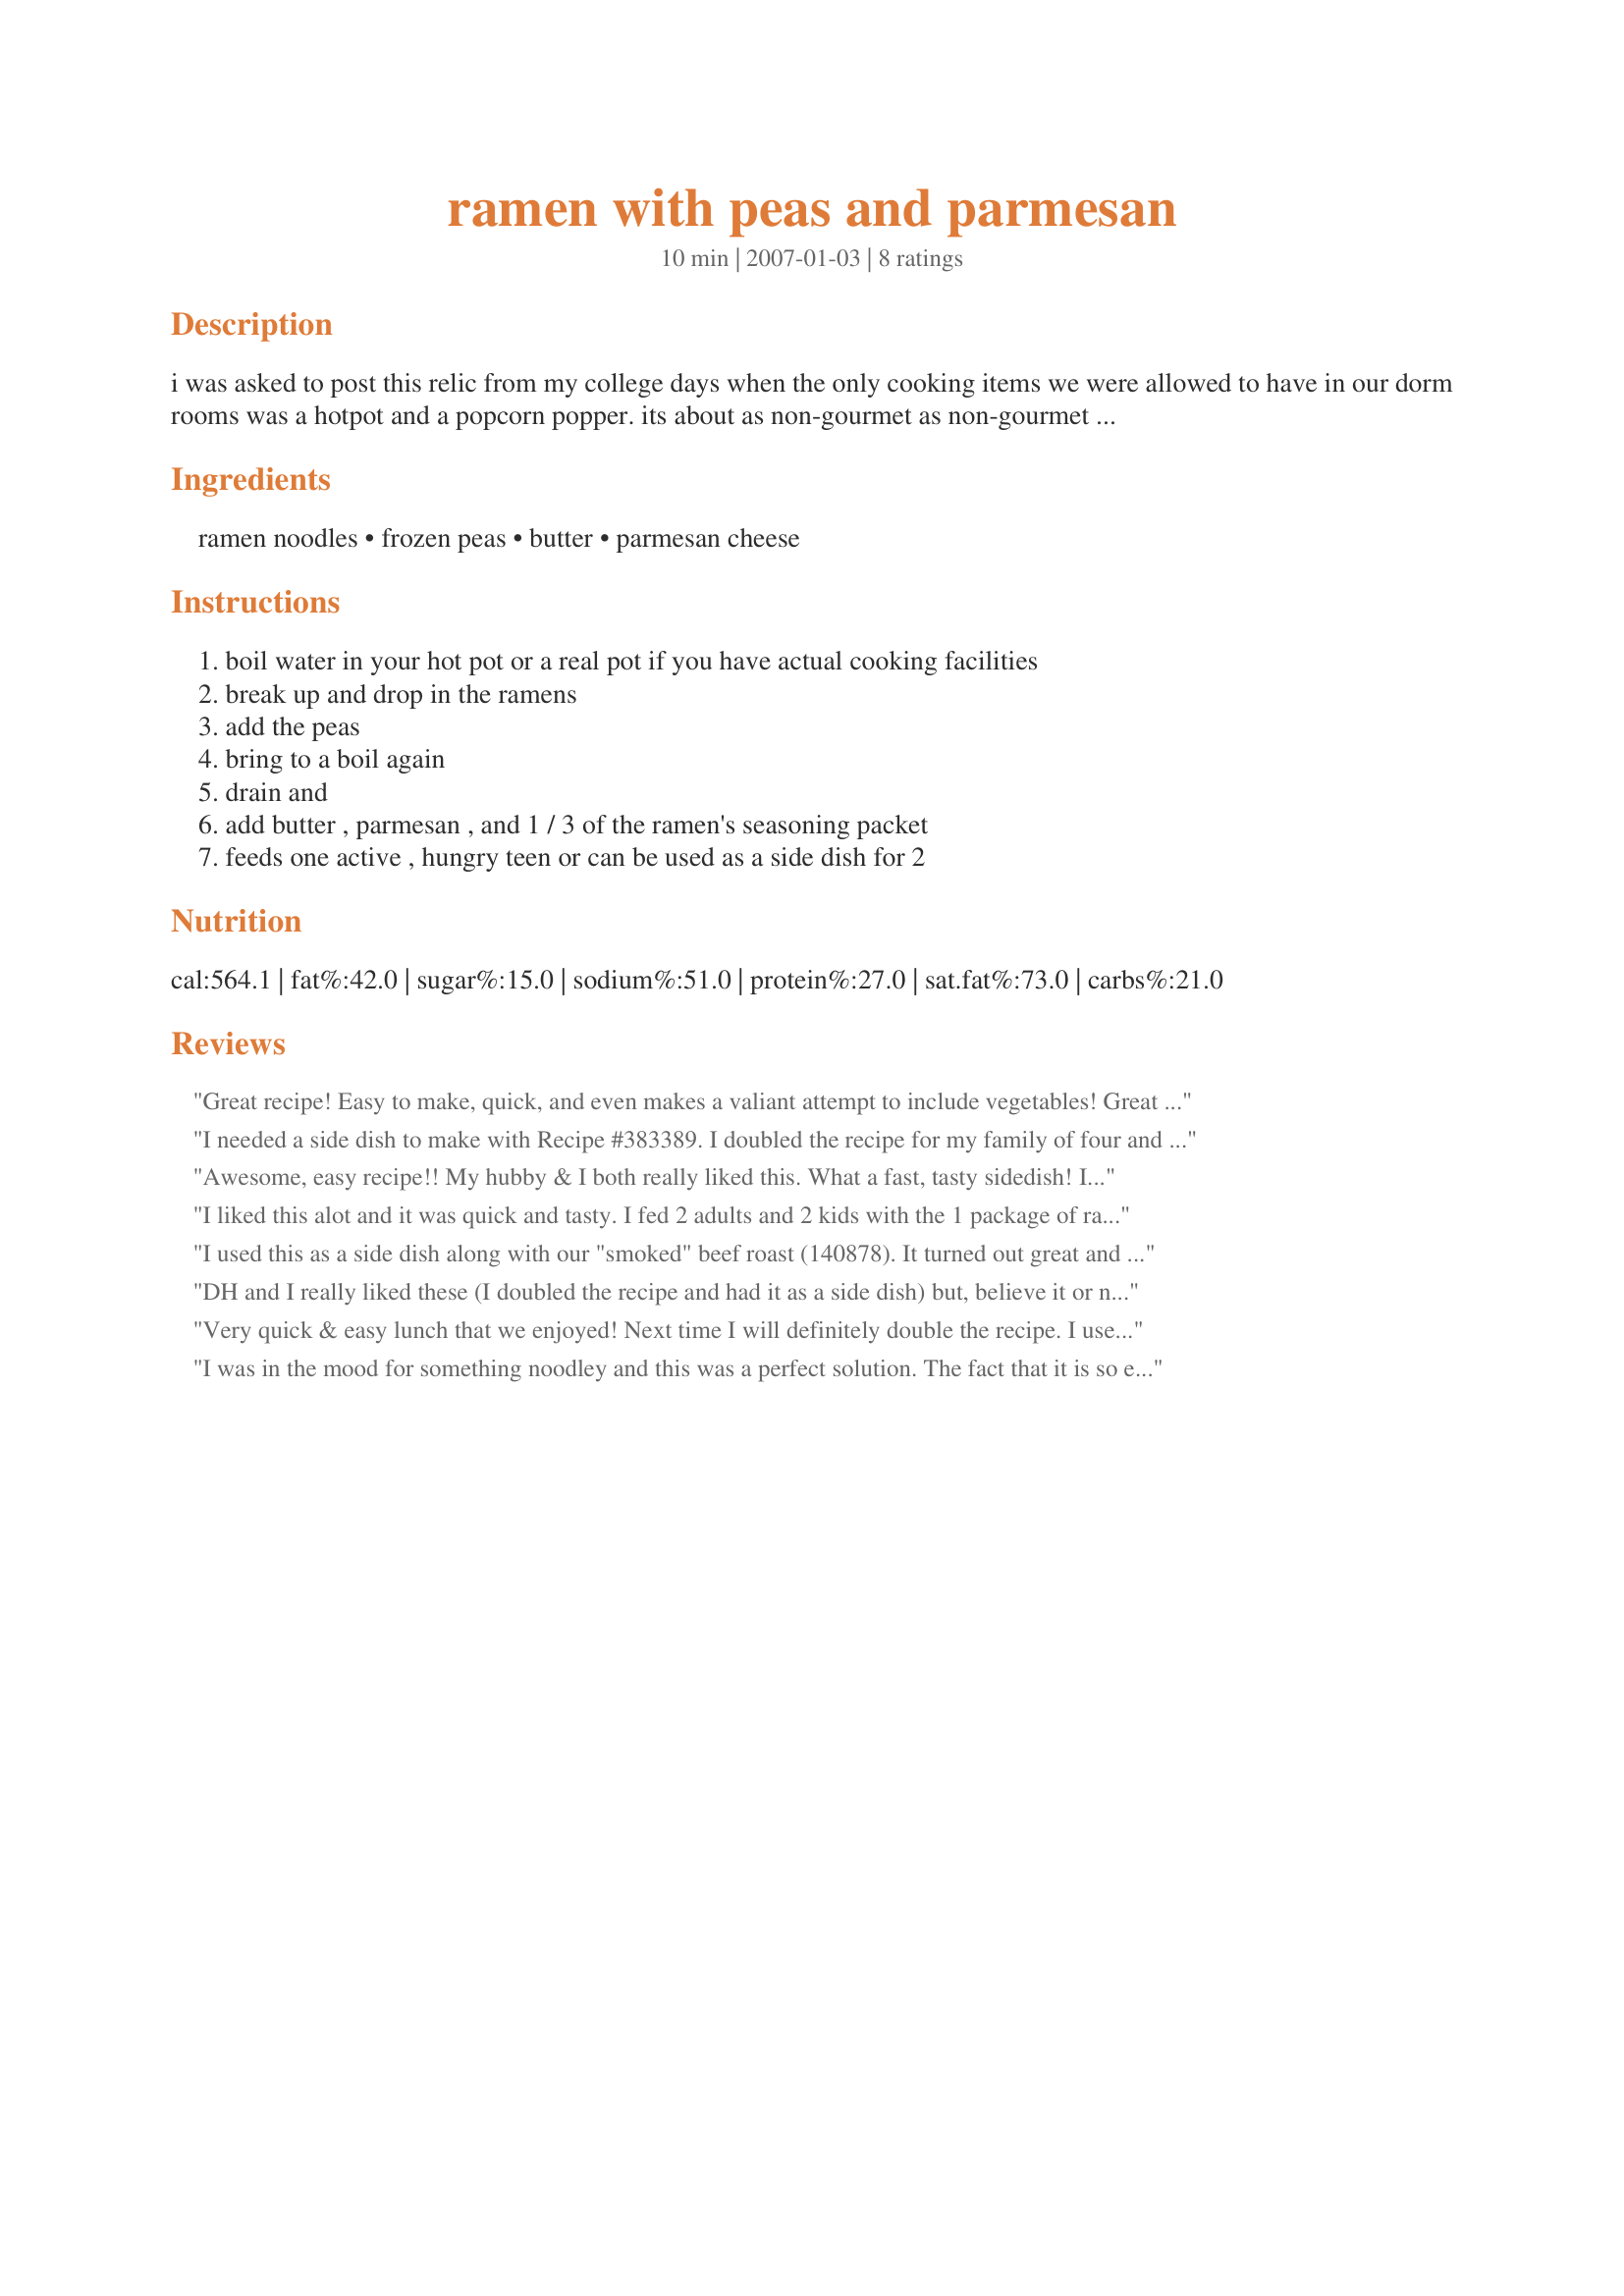
ramen with peas and parmesan
Preparation time: 10 minutes

i was asked to post this relic from my college days when the only cooking items we were allowed to have in our dorm rooms was a hotpot and a popcorn popper. its about as non-gourmet as non-gourmet gets, but its cheap, easy, filling, and suprizingly tasty. its tastier than it sounds and it still shows up on my table from time to time, much to my kids' delight.

Ingredients:
ramen noodles, frozen peas, butter, parmesan cheese

Steps:
boil water in your hot pot or a real pot if you have actual cooking facilities, break up and drop in the ramens, add the peas, bring to a boil again, drain and, add butter , parmesan , and 1 / 3 of the ramen's seasoning packet, feeds one active , hungry teen or can be used as a side dish for 2

Reviews:
Great recipe! Easy to make, quick, and even makes a valiant attempt to include vegetables! Great for teens and college students. I added 1/4 cup milk to make it a little more creamy, but that's personal preference and not all college students will have milk on-hand. Thanks for a good, quick dish!
I needed a side dish to make with Recipe #383389. I doubled the recipe for my family of four and followed the recipe as written other then I used the full packet of seasoning and I used canned peas instead of frozen as I am not a fan of frozen veggies. This was a tasty, different side dish.
Awesome, easy recipe!! My hubby & I both really liked this. What a fast, tasty sidedish! I used chicken ramen & 2 cups of canned peas (you can never have too many vegetables). I also added pepper at the table.
I liked this alot and it was quick and tasty. I fed 2 adults and 2 kids with the 1 package of ramen. I did double the peas and butter, and parmesan too- just because it can never be too buttery or too cheesy!
I used this as a side dish along with our "smoked" beef roast (140878). It turned out great and it was super easy to make. We will make this again, Thanks.
DH and I really liked these (I doubled the recipe and had it as a side dish) but, believe it or not, my kids weren't into it. I think they are so used to the ramen soups as soup! I liked the way the peas added some texture (pop thing)and the cheese and butter made the noodles soft which was good for me at the moment (gums hurt). Thank you! :)
Very quick & easy lunch that we enjoyed! Next time I will definitely double the recipe. I used frozen peas & carrots as that's what I had on hand. This is good stuff!
I was in the mood for something noodley and this was a perfect solution. The fact that it is so easy just makes it even better. I added frozen peas and carrots just for fun.
